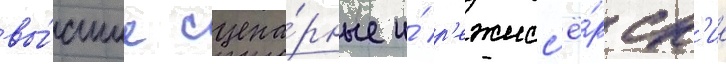
вы́сшие сцена́рные и́ р'ежисс'ё́рск'ие